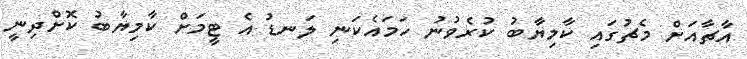
އާޗާއަށް މެޗުގައި ކާމިޔާބު ކުރެވުނު ހަމައެކަނި ލަނޑު އެ ޓީމަށް ކާމިޔާބު ކޮށްދިނީ